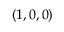
( 1 , 0 , 0 )